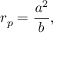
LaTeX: r _ { p } = { \frac { a ^ { 2 } } { b } } ,